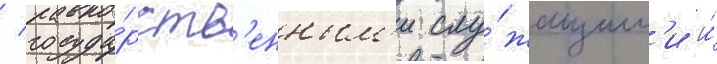
/ госуда́рств'енным'и слу́жащим'и и́